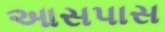
આસપાસ